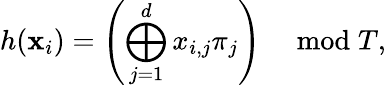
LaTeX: h(\mathbf{x}_{i})=\left(\bigoplus_{j=1}^{d}x_{i,j}\pi_{j}\right)\quad\bmod T,